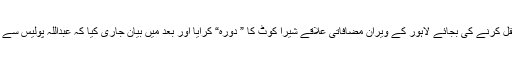
پولیس نے زیرحراست اور زخمی عبداللہ کو ہسپتال منتقل کرنے کی بجائے لاہور کے ویران مضافاتی علاقے شیرا کوٹ کا ” دورہ“ کرایا اور بعد میں بیان جاری کیا کہ عبداللہ پولیس سے فرار ہونے کی کوشش میں مقابلے کے دوران مارا گیا۔